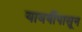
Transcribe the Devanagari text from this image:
यावर्षीपासून